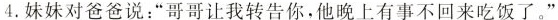
4.妹妹对爸爸说：”哥哥让我转告你，他晚上有事不回来吃饭了。”